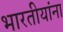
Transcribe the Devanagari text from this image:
भारतीयांंना